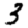
Digit: 3